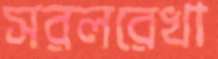
সরলরেখা